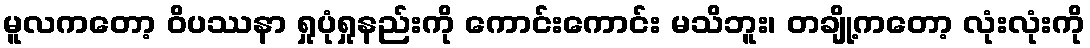
မူလကတော့ ဝိပဿနာ ရှုပုံရှုနည်းကို ကောင်းကောင်း မသိဘူး၊ တချို့ကတော့ လုံးလုံးကို